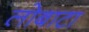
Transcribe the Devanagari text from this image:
लोबाटा